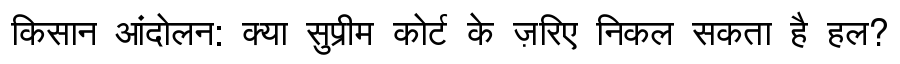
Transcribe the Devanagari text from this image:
किसान आंदोलन: क्या सुप्रीम कोर्ट के ज़रिए निकल सकता है हल?